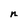
Character: n